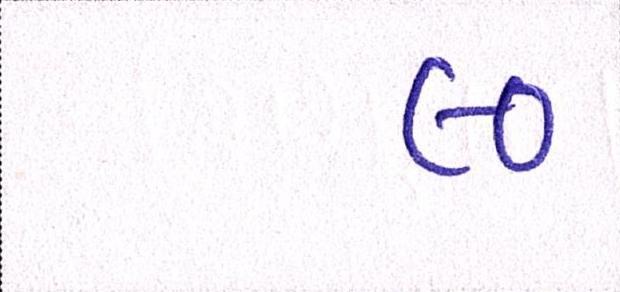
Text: ૯૦